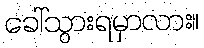
ခေါ်သွားရမှာလား။